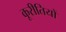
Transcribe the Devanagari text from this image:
कूरीतियों